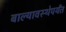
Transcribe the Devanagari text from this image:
बाल्यावस्थेपर्यंत